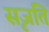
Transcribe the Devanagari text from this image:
सृजति